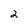
Character: 2